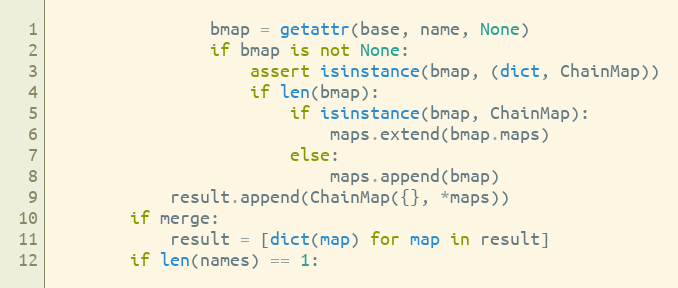
Language: Python
                bmap = getattr(base, name, None)
                if bmap is not None:
                    assert isinstance(bmap, (dict, ChainMap))
                    if len(bmap):
                        if isinstance(bmap, ChainMap):
                            maps.extend(bmap.maps)
                        else:
                            maps.append(bmap)
            result.append(ChainMap({}, *maps))
        if merge:
            result = [dict(map) for map in result]
        if len(names) == 1: